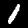
Label: 1